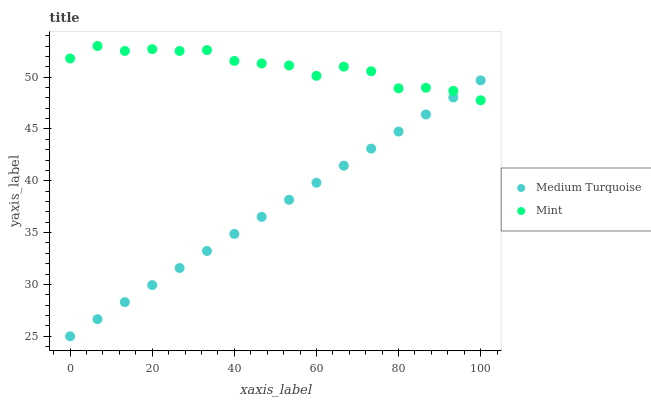
| xaxis_label | Medium Turquoise | Mint |
 | --- | --- | --- |
 | 0 | 25 | 51.8 |
 | 6.67 | 26.6 | 53 |
 | 13.3 | 28.3 | 52.5 |
 | 20 | 29.9 | 52.7 |
 | 26.7 | 31.6 | 52.5 |
 | 33.3 | 33.2 | 52.6 |
 | 40 | 34.9 | 51.6 |
 | 46.7 | 36.5 | 51.3 |
 | 53.3 | 38.2 | 51.1 |
 | 60 | 39.8 | 50.1 |
 | 66.7 | 41.5 | 51 |
 | 73.3 | 43.1 | 50.6 |
 | 80 | 44.7 | 48.9 |
 | 86.7 | 46.4 | 49 |
 | 93.3 | 48 | 48.7 |
 | 100 | 49.7 | 47.8 |